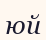
юй